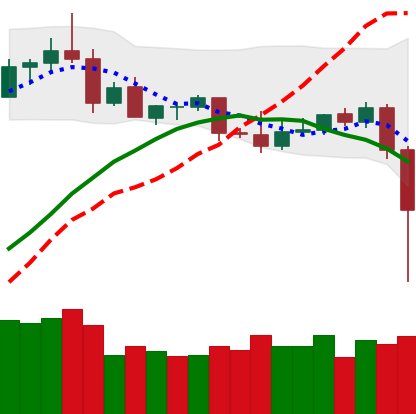
Ticker: ETC-USD
Chart end date: 2020-09-03
Forward return: -10.042%
Label: down_7plus